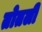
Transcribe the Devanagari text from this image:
तोतली